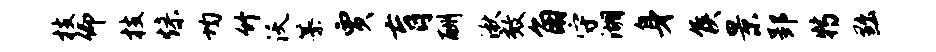
枝仰枝燥均竹沃纂贾肓酬湫效角守湖身侯景郢特黜